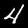
Label: 4